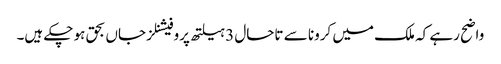
واضح رہے کہ ملک میں کرونا سے تاحال 3 ہیلتھ پروفیشنلز جاں بحق ہو چکے ہیں۔